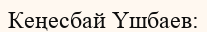
Кеңесбай Үшбаев: